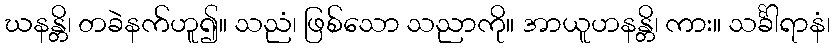
ဃနန္တိ၊ တခဲနက်ဟူ၍။ သညံ၊ ဖြစ်သော သညာကို။ အာယူဟနန္တိ၊ ကား။ သင်္ခါရာနံ၊